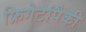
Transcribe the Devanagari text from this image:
फ्रिगेटांपैकी